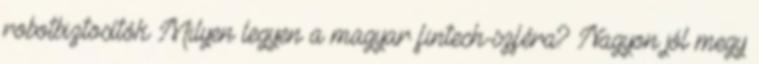
robotbiztosítók Milyen legyen a magyar fintech-szféra? Nagyon jól megy